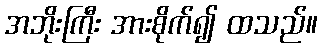
အဘိုးကြီး အားစိုက်၍ ထသည်။